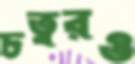
চত্বরও